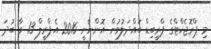
މި ޕްރޮޖެކްޓްގެ ޕްރީބިޑް ބައްދަލުވުން އޮންނާނީ 2016 އެޕްރީލް 13 ވާ ބުދަ